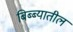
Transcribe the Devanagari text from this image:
बिब्ब्यातील